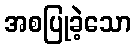
အစပြုခဲ့သော